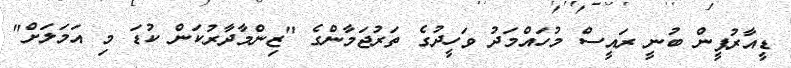
ޑީއާރުޕީން ބުނީ ރައީސް މުހައްމަދު ވަހީދުގެ ތަރުޖަމާންގެ "ޒިންމާދާރުކަން ކުޑަ މި އަމަލަށް"